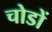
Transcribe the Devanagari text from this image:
चोडों